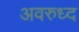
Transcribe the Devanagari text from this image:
अवरुध्द